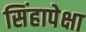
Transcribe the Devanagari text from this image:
सिंहापेक्षा